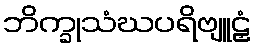
ဘိက္ခုသံဃပရိဗျူဠှံ